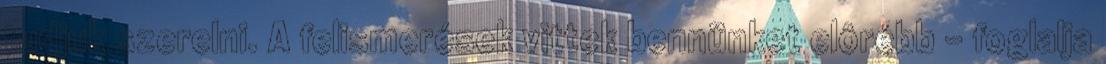
tudjuk szerelni. A felismerések vittek bennünket elôrébb – foglalja